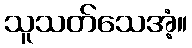
သူသတ်သေအံ့။